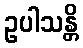
ဥပါသန္တိ